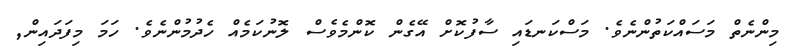
މިންނެތް މަސައްކަތުންނެވެ. މަސްކަނޑައި ސާފުކޮށް އޭގެން ކޮންމެވެސް ލޮނުކަމެއް ހެދުމުންނެވެ. ހަމަ މިފަދައިން